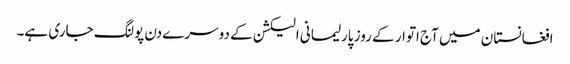
افغانستان میں آج اتوار کے روز پارلیمانی الیکشن کے دوسرے دن پولنگ جاری ہے۔